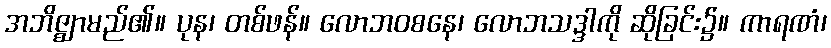
အဘိဇ္ဈာမည်၏။ ပုန၊ တစ်ဖန်။ လောဘဝစနေ၊ လောဘသဒ္ဒါကို ဆိုခြင်း၌။ ကာရဏံ၊